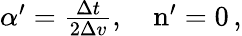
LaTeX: \begin{array}{r}{\alpha^{\prime}=\frac{\Delta t}{2\Delta v},\quad\mathrm{n}^{\prime}=0\, ,}\end{array}